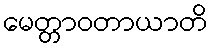
မေတ္တာဝတာယာတိ